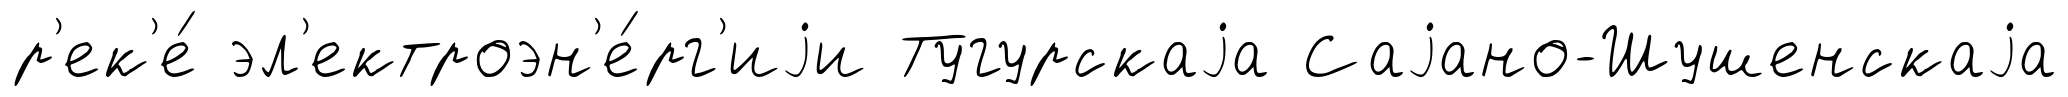
р'ек'е́ эл'ектроэн'е́рг'иjи Тугурскаjа Саjано-Шушенскаjа